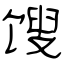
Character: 馊